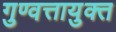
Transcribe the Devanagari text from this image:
गुण्वत्तायुक्त